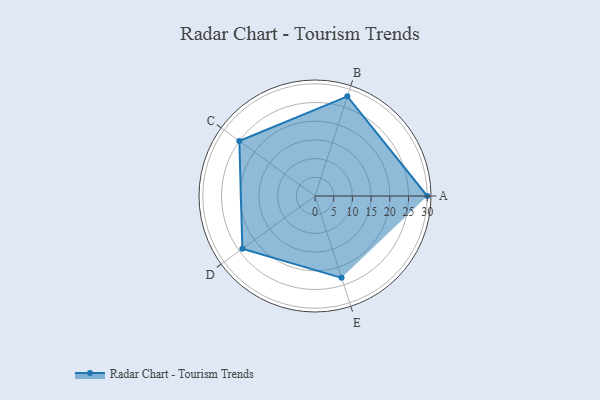
{"axis": {"x": "Skill", "y": "Score"}, "legend": ["Profile"], "data": [{"x": "A", "y": 30.0, "type": "Profile"}, {"x": "B", "y": 28.0, "type": "Profile"}, {"x": "C", "y": 25.0, "type": "Profile"}, {"x": "D", "y": 24.0, "type": "Profile"}, {"x": "E", "y": 23.0, "type": "Profile"}]}